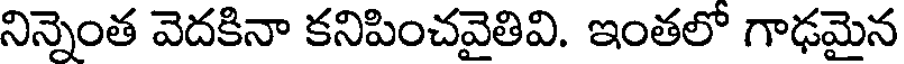
నిన్నెంత వెదకినా కనిపించవైతివి. ఇంతలో గాఢమైన